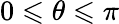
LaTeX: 0\leqslant\theta\leqslant\pi